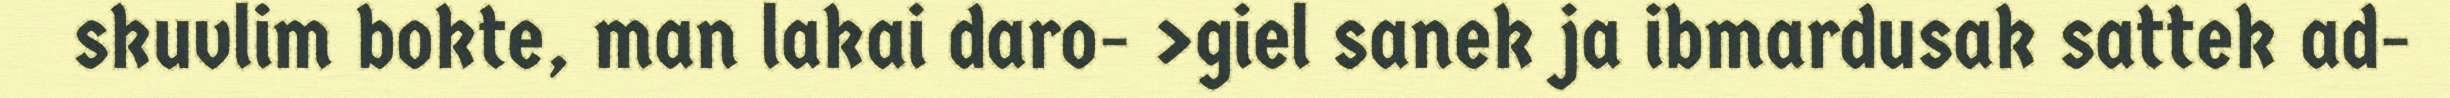
skuvlim bokte, man lakai daro- >giel sanek ja ibmardusak sattek ad-